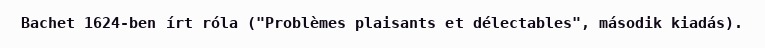
Bachet 1624-ben írt róla ("Problèmes plaisants et délectables", második kiadás).